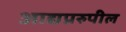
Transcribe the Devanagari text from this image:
आद्यप्ररुपील